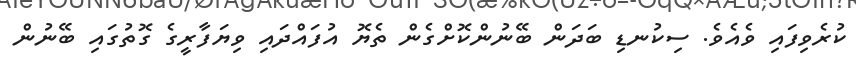
ކުރެވިފައި ވެއެވެ. ސިކުނޑި ބަދަން ބޭނުންކޮށްގެން ތެޔޮ އުފައްދައި ވިޔަފާރީގެ ގޮތުގައި ބޭނުން